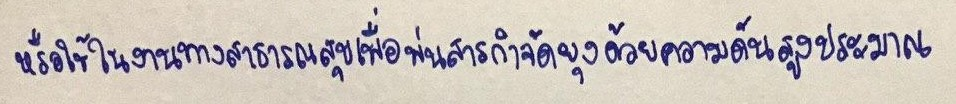
หรือใช้ในงานทางสาธารณสุขเพื่อพ่นสารกำจัดยุงด้วยความดันสูงประมาณ